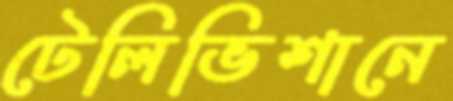
টেলিভিশানে